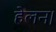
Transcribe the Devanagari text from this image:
हेलन।